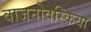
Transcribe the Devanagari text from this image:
वाजनोवस्किया